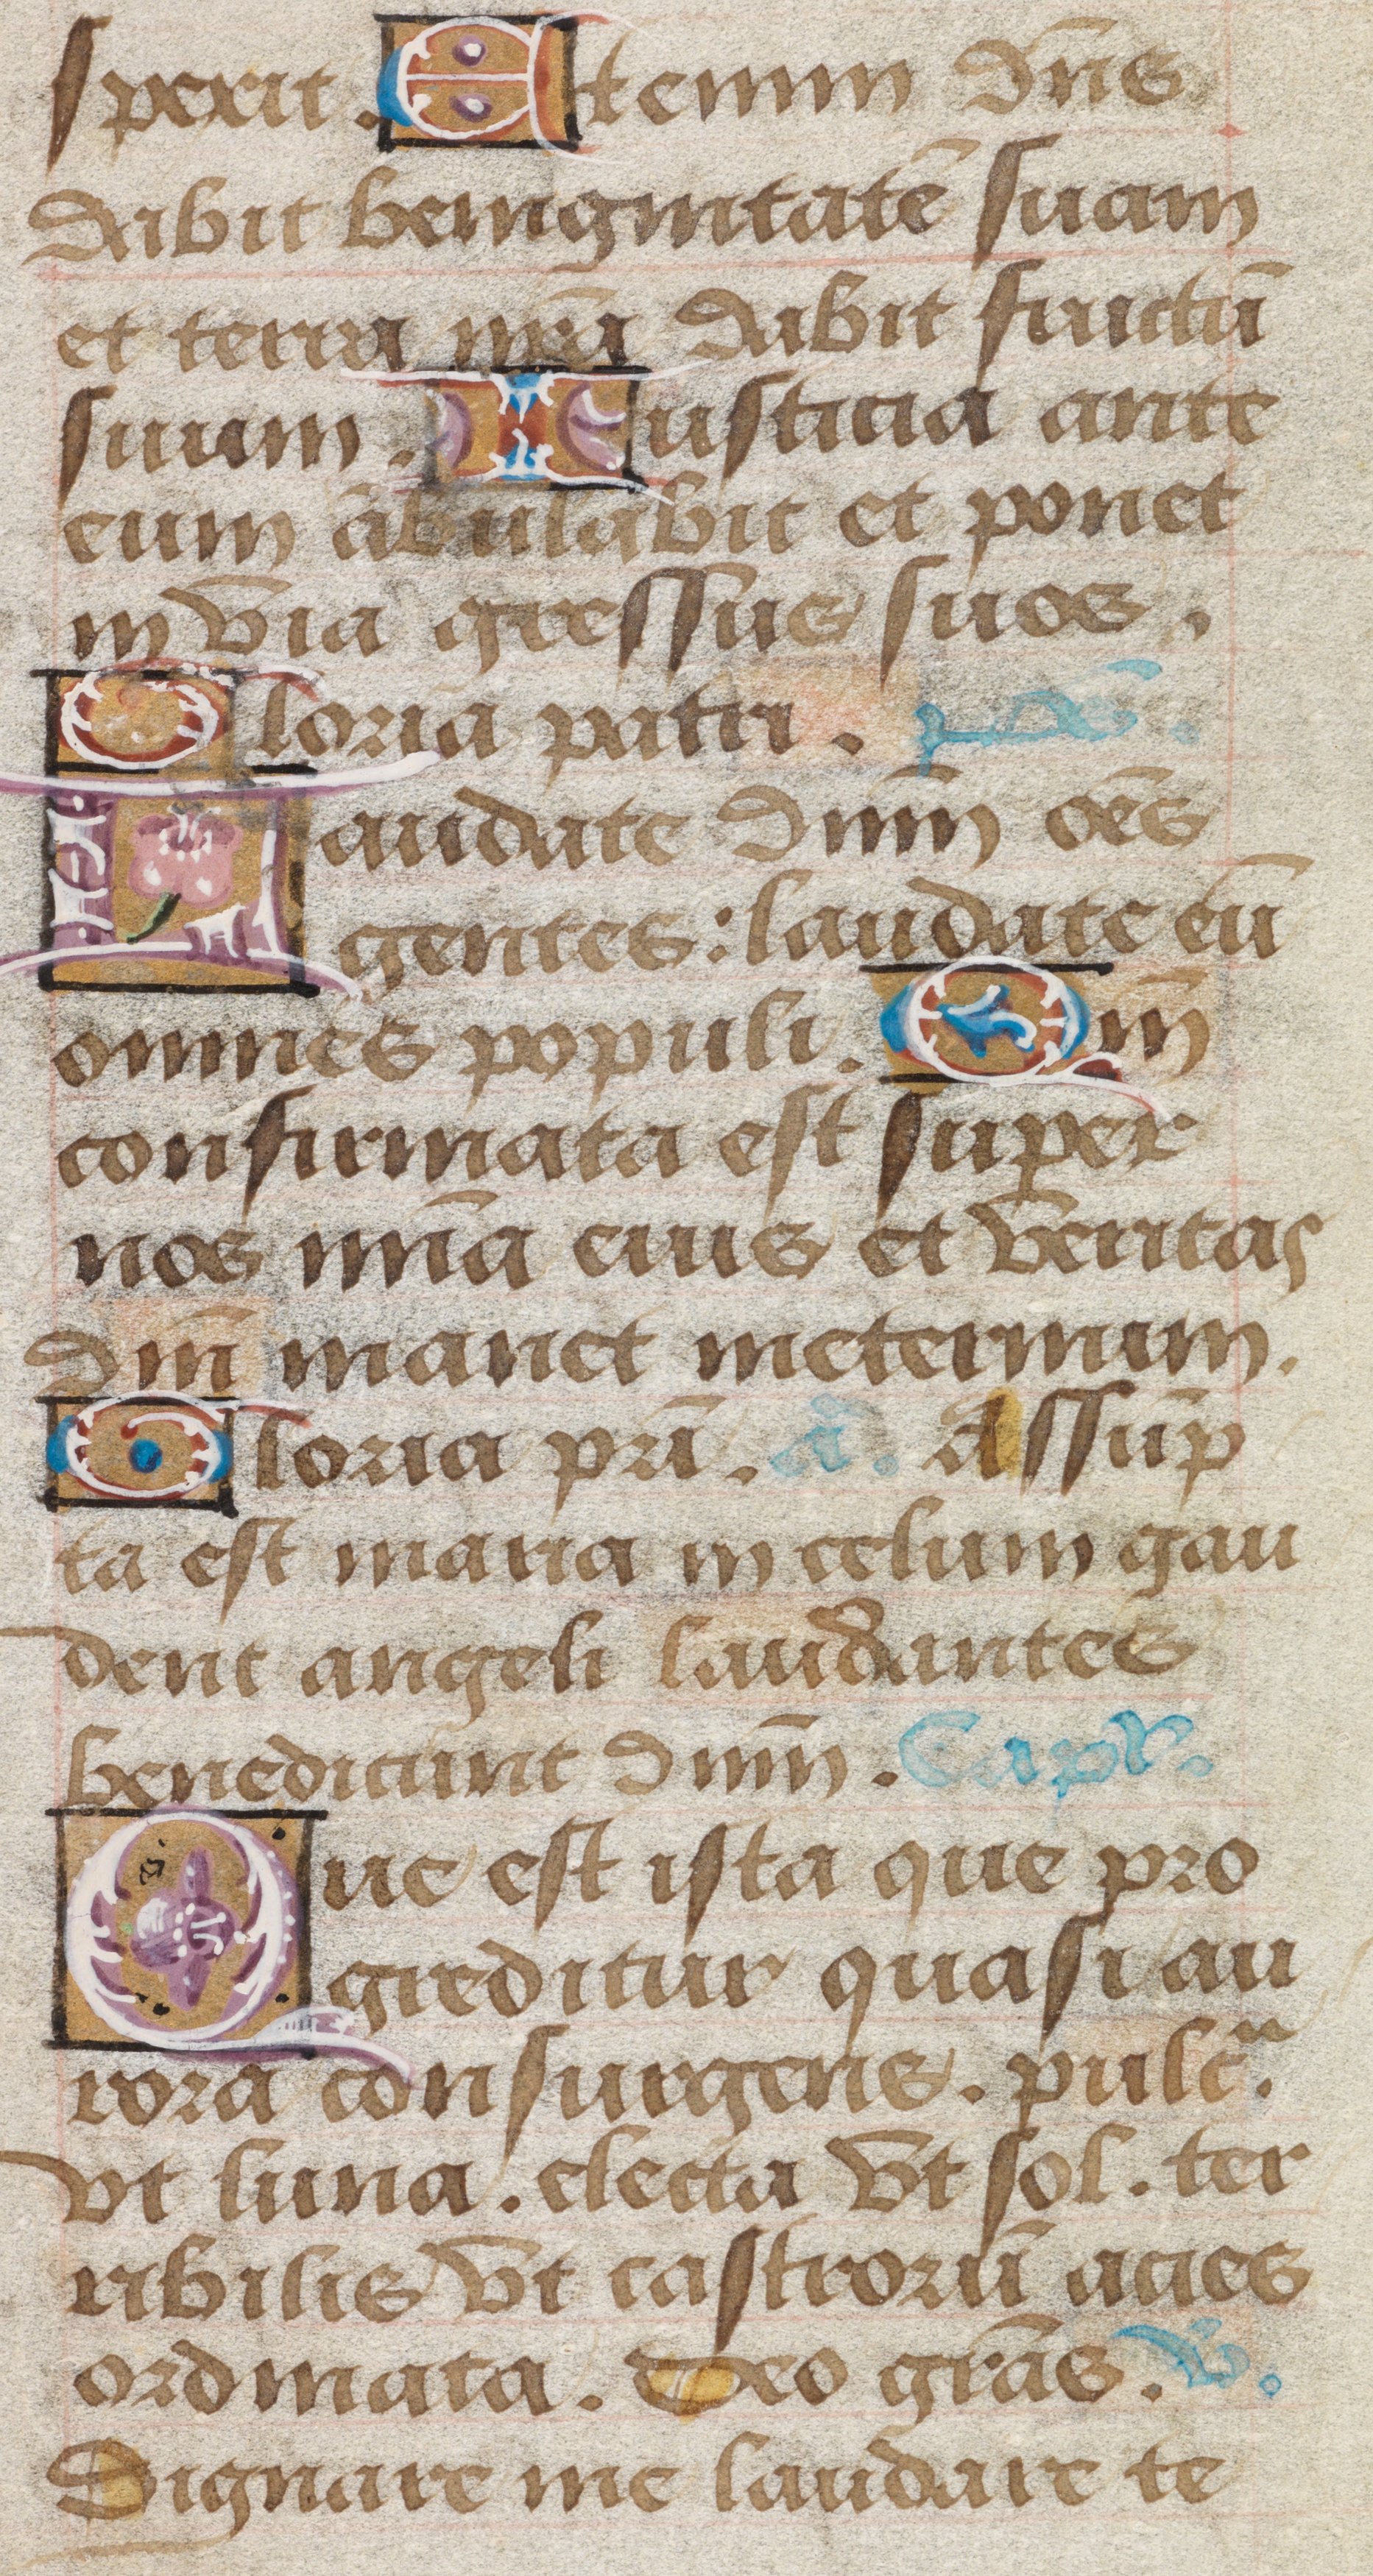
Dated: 1485–1515